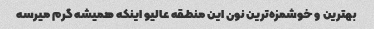
بهترین و خوشمزه‌ترین نون این منطقه عالیو اینکه همیشه گرم میرسه